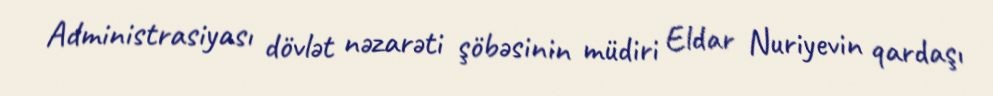
Administrasiyası dövlət nəzarəti şöbəsinin müdiri Eldar Nuriyevin qardaşı